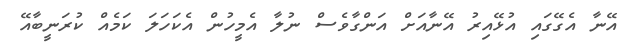
އޭނާ އެގޭގައި އުޅޭއިރު އޭނާއަށް އަންގާވެސް ނުލާ އެމީހުން އެކަހަލަ ކަމެއް ކުރަނީބާއޭ